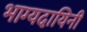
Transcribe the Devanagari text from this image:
भाग्यदायिनी